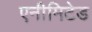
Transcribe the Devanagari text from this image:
एनीमिटेड